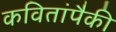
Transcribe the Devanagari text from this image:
कवितांपैकी